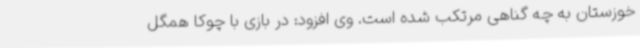
خوزستان به چه گناهی مرتکب شده است. وی افزود: در بازی با چوکا همگل